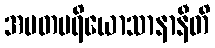
အမတပရိယောသာနာနီတိ